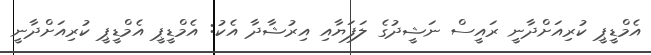
އެމްޑީޕީ ކުރިއަށްދާނީ ރައީސް ނަޝީދުގެ ލަފަޔާއި އިރުޝާދާ އެކު: އެމްޑީޕީ އެމްޑީޕީ ކުރިއަށްދާނީ